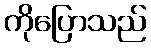
ကိုပြောသည်